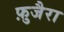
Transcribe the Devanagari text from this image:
फ़ुजैरा